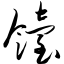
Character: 饴